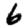
Digit: 6